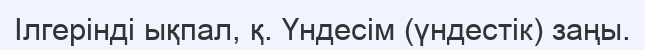
Ілгерінді ықпал, қ. Үндесім (үндестік) заңы.